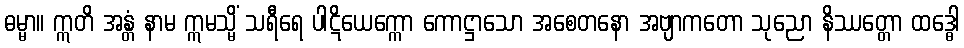
ဓမ္မာ။ ဣတိ အန္တံ နာမ ဣမသ္မိံ သရီရေ ပါဋိယေက္ကော ကောဋ္ဌာသော အစေတနော အဗျာကတော သုညော နိဿတ္တော ထဒ္ဓေါ